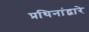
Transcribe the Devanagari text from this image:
प्रथिनांद्वारे